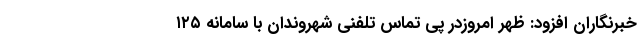
خبرنگاران افزود: ظهر امروزدر پی تماس تلفنی شهروندان با سامانه ۱۲۵